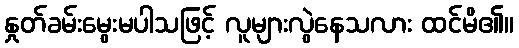
နှုတ်ခမ်းမွေးမပါသဖြင့် လူများလွဲနေသလား ထင်မိ၏။